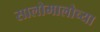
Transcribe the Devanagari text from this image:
सालोमालोच्या